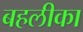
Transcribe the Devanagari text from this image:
बहलीका